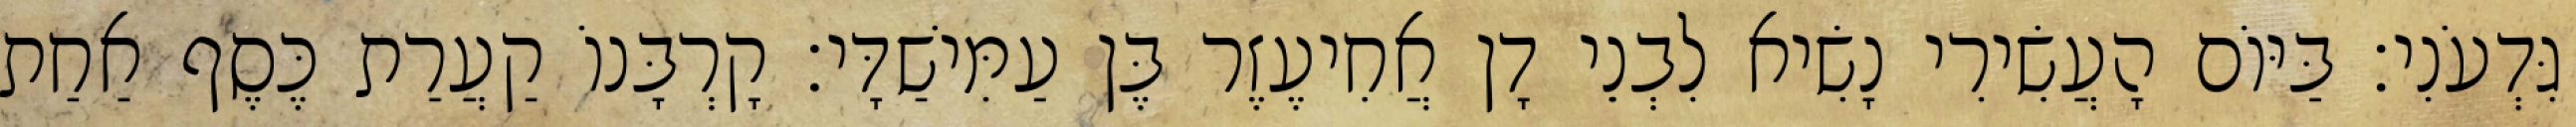
גִּדְעֹנִי׃ בַּיּוֹם הָעֲשִׂירִי נָשִׂיא לִבְנֵי דָן אֲחִיעֶזֶר בֶּן עַמִּישַׁדָּי׃ קָרְבָּנוֹ קַעֲרַת כֶּסֶף אַחַת